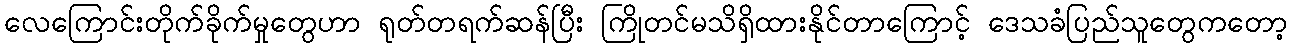
လေကြောင်းတိုက်ခိုက်မှုတွေဟာ ရုတ်တရက်ဆန်ပြီး ကြိုတင်မသိရှိထားနိုင်တာကြောင့် ဒေသခံပြည်သူတွေကတော့